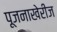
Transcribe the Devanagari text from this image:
पूजनाखेरीज